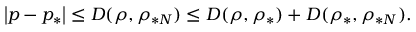
\left\vert p - p _ { \ast } \right\vert \leq D ( \rho , \rho _ { \ast N } ) \leq D ( \rho , \rho _ { \ast } ) + D ( \rho _ { \ast } , \rho _ { \ast N } ) .